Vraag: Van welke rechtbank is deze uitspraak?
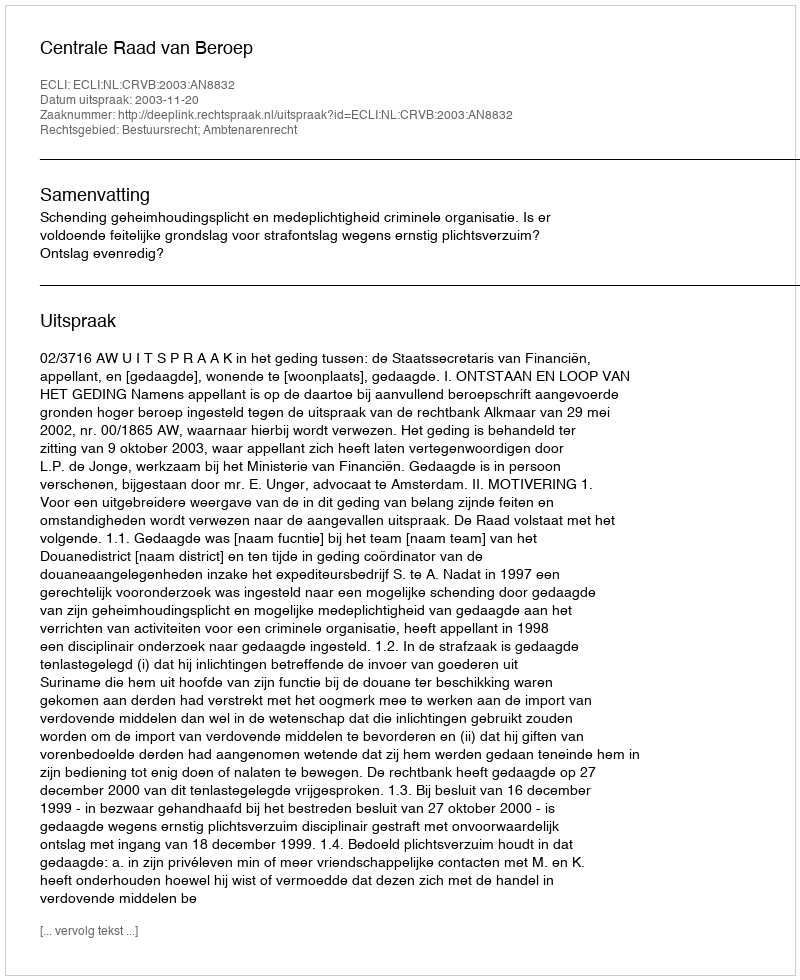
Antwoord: Centrale Raad van Beroep